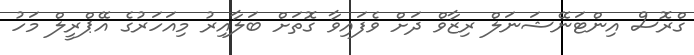
ގްރޮސް އިންޓަނޭޝަނަލް ރިޒާވް ދަށް ވެފައިވާ ގޮތަށް ބަލާއިރު މިއަހަރުގެ އޭޕްރީލް މަހު